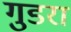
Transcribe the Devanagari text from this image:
गुडरा